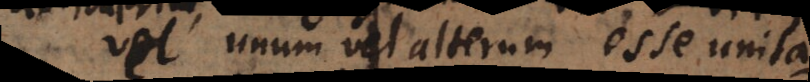
vel unum vel alterum esse unita